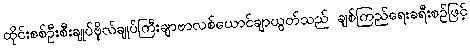
ထိုင်းစစ်ဦးစီးချုပ်ဗိုလ်ချုပ်ကြီးချာဗာလစ်ယောင်ချာယွတ်သည် ချစ်ကြည်ရေးခရီးစဉ်ဖြင့်